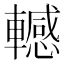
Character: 轗